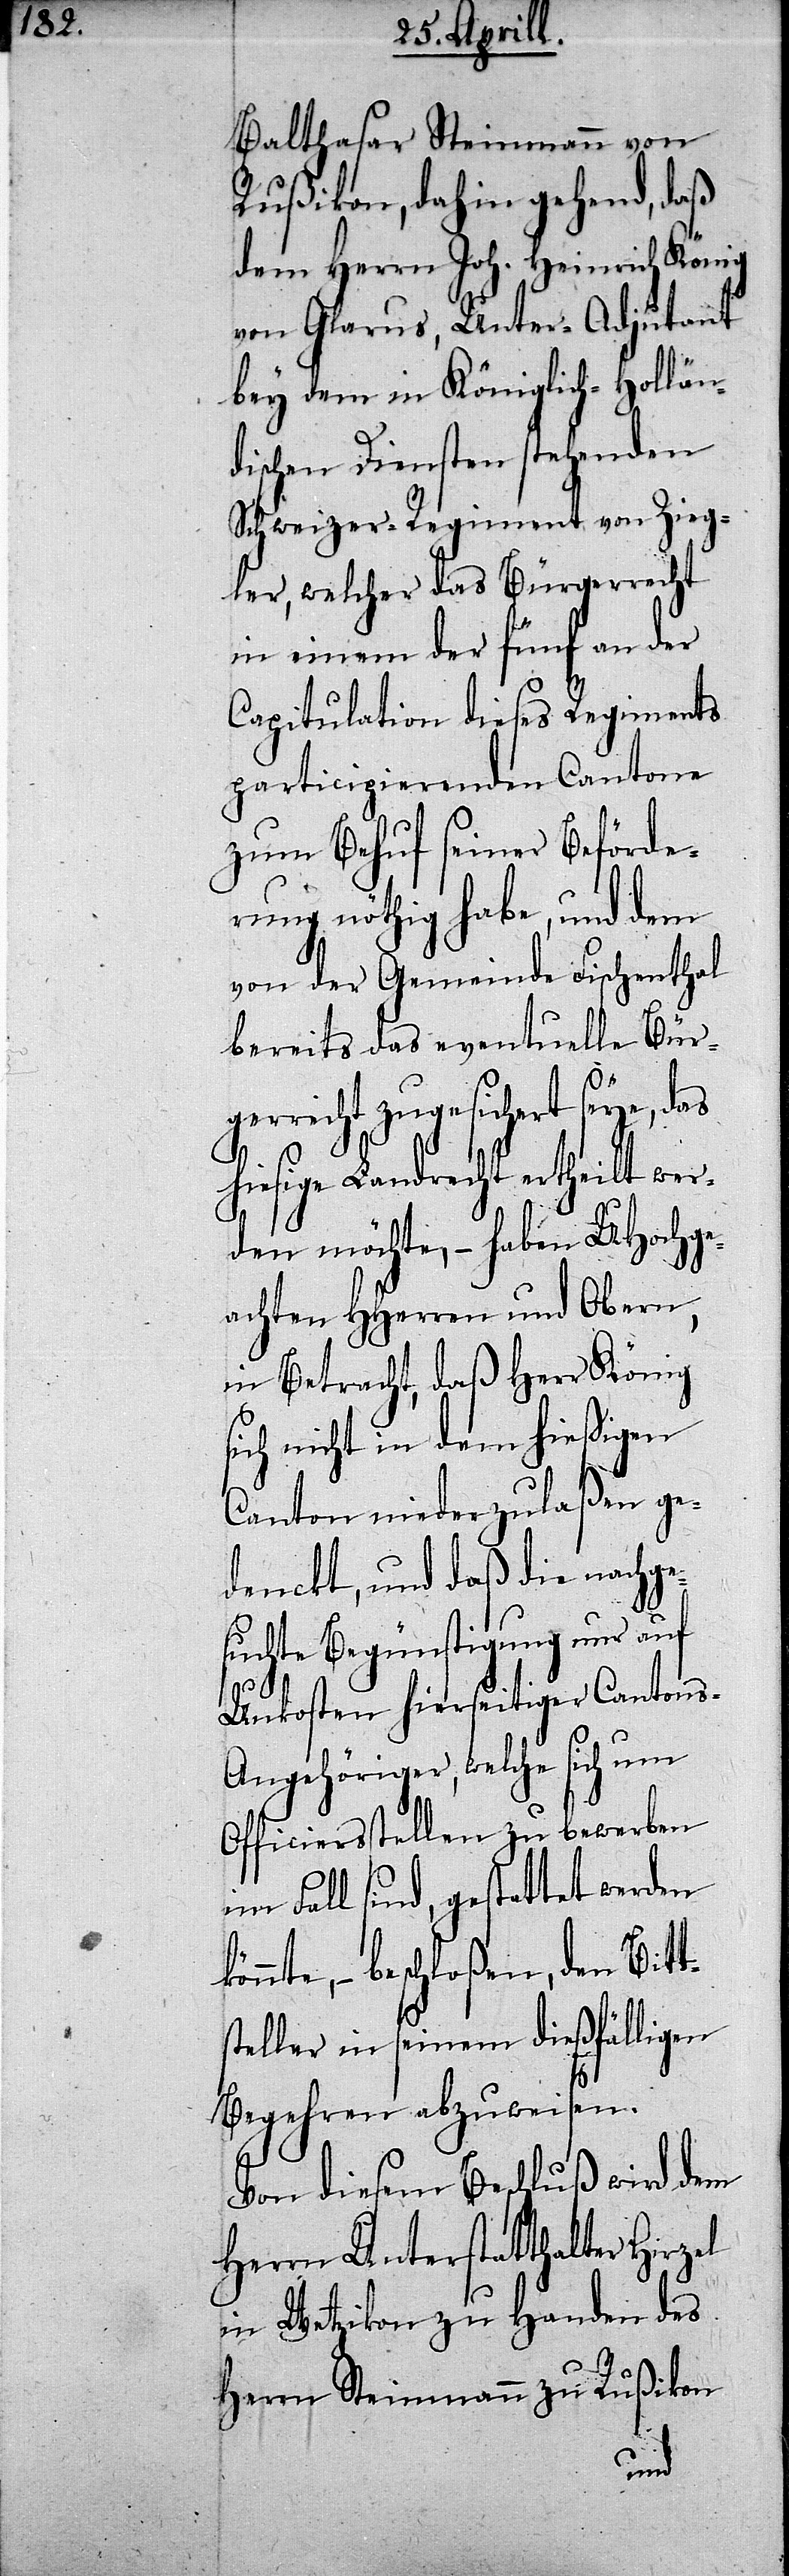
Balthasar Steinmann von
Rußikon, dahin gehend, daß
dem Herrn Joh. Heinrich König
von Glarus, Unter-Adjutant
bey dem in Königlich-Hollän¬
dischen Diensten stehenden
Schweizer-Regiment von Zieg¬
ler, welcher das Bürgerrecht
in einem der fünf an der
Capitulation dieses Regiments
participierenden Cantone
zum Behuf seiner Beförde¬
rung nöthig habe, und dem
von der Gemeinde Fischenthal
bereits das eventuelle Bür¬
gerrecht zugesichert seye, das
hiesige Landrecht ertheilt wer¬
den möchte,– haben UHochge¬
achte HHerren und Obern,
in Betracht, daß Herr König
sich nicht in dem hießigen
Canton niederzulaßen ge¬
denckt, und daß die nachg¬
esuchte Begünstigung nur auf
Unkosten hierseitiger Cantons-A¬
ngehöriger, welche sich um
Officiersstellen zu bewerben
im Fall sind, gestattet werden
könnte,– beschloßen, den Bitt¬
teller in seinem dießfälligen
Begehren abzuweisen.
Von diesem Beschluß wird dem
Herrn Unterstatthalter Hirz¬
in Wetzikon zu Handen des
ußikon
R¬
Herrn Ste¬